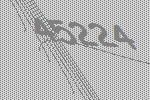
45224